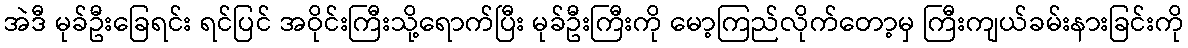
အဲဒီ မုခ်ဦးခြေရင်း ရင်ပြင် အဝိုင်းကြီးသို့ရောက်ပြီး မုခ်ဦးကြီးကို မော့ကြည်လိုက်တော့မှ ကြီးကျယ်ခမ်းနားခြင်းကို